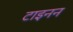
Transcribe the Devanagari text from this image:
टाइनन